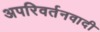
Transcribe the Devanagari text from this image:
अपरिवर्तनवादी